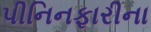
પીનિનફારીના